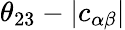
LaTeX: \theta_{23}-|c_{\alpha\beta}|